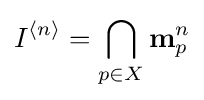
I^{\langle n\rangle }=\bigcap _{p\in X}\mathbf {m} _{p}^{n}